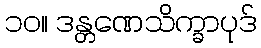
၁၀။ ဒန္တဏေသိက္ခာပုဒ်